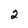
Character: 2